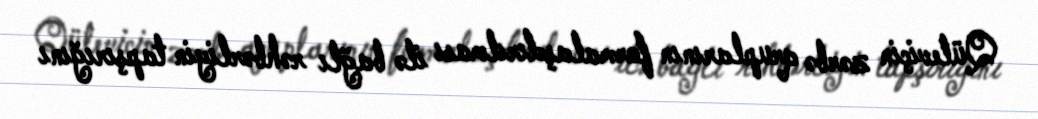
Qüleviçin zərbə qruplarının formalaşdırılması ilə bağlı rəhbərliyin tapşırığını